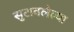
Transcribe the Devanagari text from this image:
सुटावलेल्या